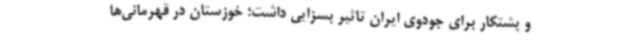
و پشتکار برای جودوی ایران تاثیر بسزایی داشت؛ خوزستان در قهرمانی‌ها